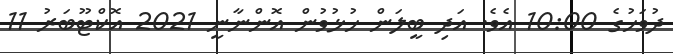
ދުވަހުގެ 10:00 އެވެ. އަދި ބީލަން ހުޅުވުން އޮންނާނީ 2021 އޮކްޓޫބަރު 11